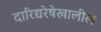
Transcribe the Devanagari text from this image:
दारिद्यरेषेखालील